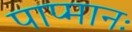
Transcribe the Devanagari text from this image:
पाप्मानः